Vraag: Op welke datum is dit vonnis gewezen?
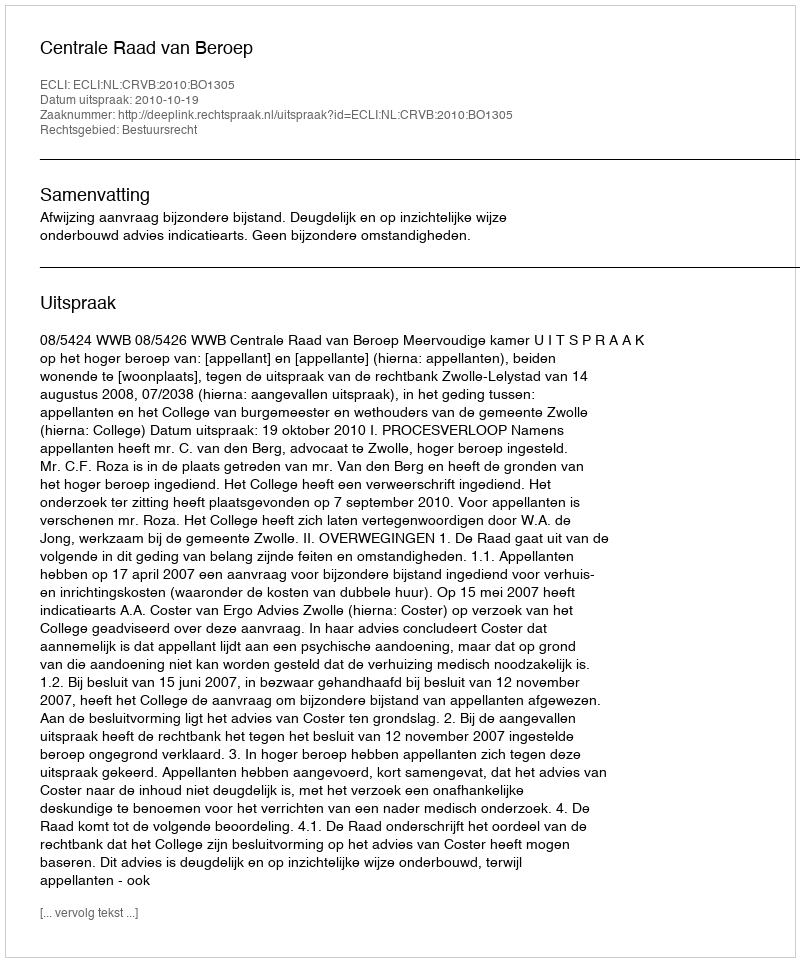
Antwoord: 2010-10-19